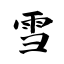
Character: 雪